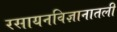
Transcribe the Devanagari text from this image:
रसायनविज्ञानातली